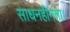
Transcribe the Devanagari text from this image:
साधनहीनता।